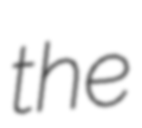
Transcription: the